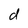
Character: d